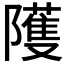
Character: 𱀻